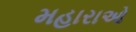
મહારાઓ